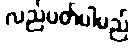
လည်ပတ်ပါမည်